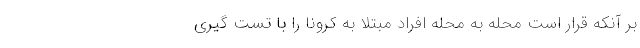
بر آنکه قرار است محله به محله افراد مبتلا به کرونا را با تست گیری